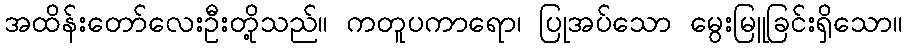
အထိန်းတော်လေးဦးတို့သည်။ ကတူပကာရော၊ ပြုအပ်သော မွေးမြူခြင်းရှိသော။